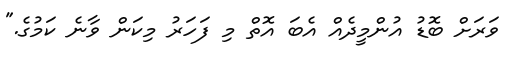
ވަރަށް ބޮޑު އުންމީދެއް އެބަ އޮތް މި ފަހަރު މިކަން ވާނެ ކަމުގެ."